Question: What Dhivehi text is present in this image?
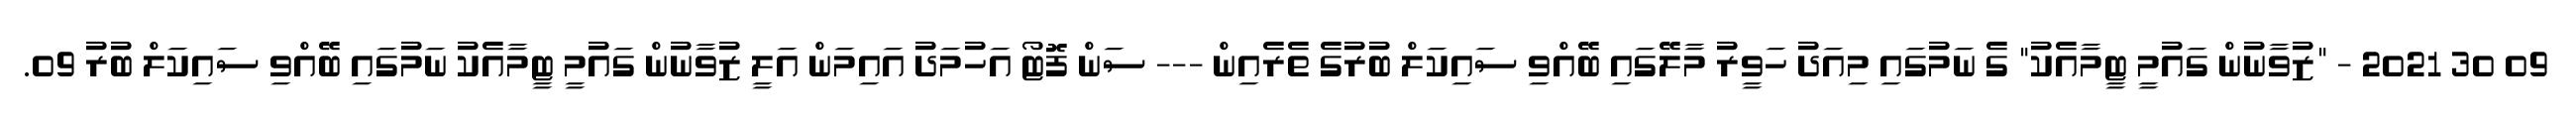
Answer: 09 30 2021 - "ޒުވާނުން ގައުމީ ޓީމާއެކު" ގެ ނަމުގައި މިއަދު ހަވީރު މާލޭގައި ބޭއްވި ސައިކަލް ބުރުގެ ތެރެއިން --- ސަން ފޮޓޯ އަހުމަދު އައިމަން އަލީ ޒުވާނުން ގައުމީ ޓީމާއެކު ނަމުގައި ބޭއްވި ސައިކަލް ބުރު 09.